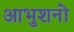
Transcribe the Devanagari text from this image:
आभुशनो